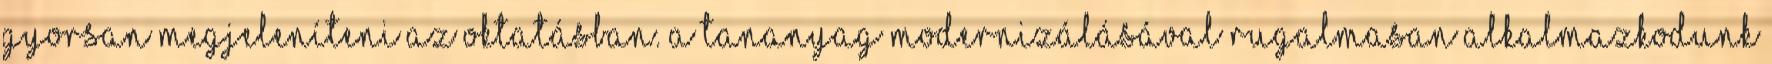
gyorsan megjeleníteni az oktatásban. A tananyag modernizálásával rugalmasan alkalmazkodunk